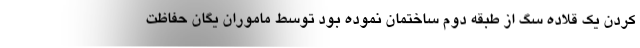
کردن یک قلاده سگ از طبقه دوم ساختمان نموده بود توسط ماموران یگان حفاظت